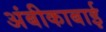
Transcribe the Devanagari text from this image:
अंबीकाबाई